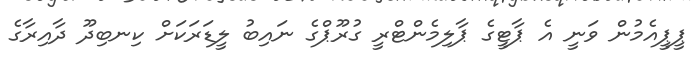
ޕީޕީއެމުން ވަނީ އެ ޕާޓީގެ ޕާލިމެންޓްރީ ގުރޫޕްގެ ނައިބު ލީޑަރަކަށް ކިނބިދޫ ދާއިރާގެ